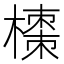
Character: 𭫼